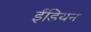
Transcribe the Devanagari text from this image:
ईंडियन